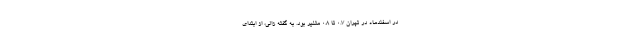
در اسفندماه در تهران ۰.۷ تا ۰.۸ متغیر بود. به گفته زالی، از ابتدای